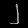
Digit: ၂